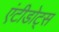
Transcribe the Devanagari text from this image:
एंटीडोट्स